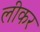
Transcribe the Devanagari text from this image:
लीकर